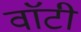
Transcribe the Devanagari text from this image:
वाॅटी